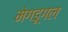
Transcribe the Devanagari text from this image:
मेगडूगल